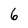
Character: 6